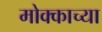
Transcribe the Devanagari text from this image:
मोक्काच्या